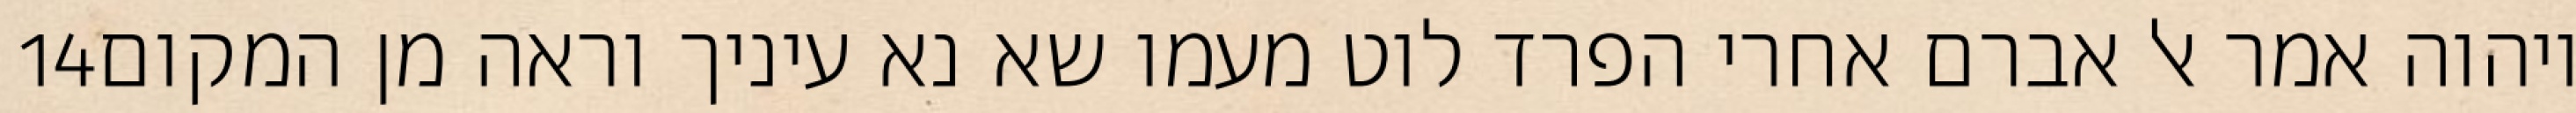
‎14‏ ויהוה אמר אל אברם אחרי הפרד לוט מעמו שא נא עיניך וראה מן המקום